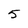
Character: 5